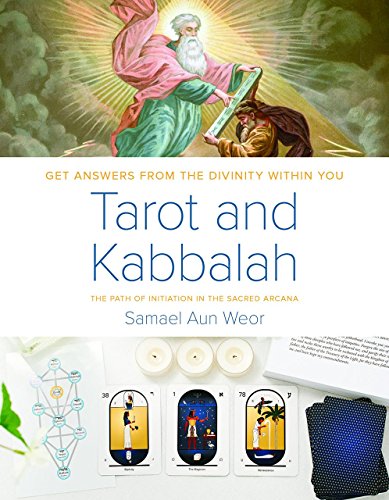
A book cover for Tarot and Kabbalah: The Path of Initiation in the Sacred Arcana; Samael Aun Weor; Religion & Spirituality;